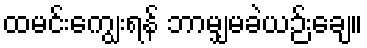
ထမင်းကျွေးရန် ဘာမျှမခဲယဉ်းချေ။